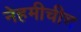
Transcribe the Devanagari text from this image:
नेहमीचीच